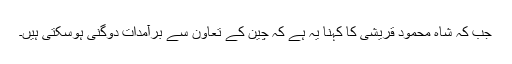
جب کہ شاہ محمود قریشی کا کہنا یہ ہے کہ چین کے تعاون سے برآمدات دوگنی ہوسکتی ہیں۔